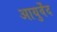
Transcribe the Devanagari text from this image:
आयुर्वेंद